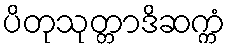
ပိတုသုတ္တာဒိဆက္ကံ